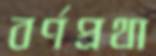
বর্ণপ্রথা